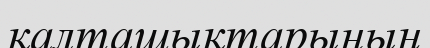
қалташықтарының